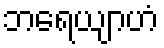
ဘရေယျာဟံ